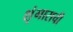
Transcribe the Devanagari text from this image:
शृंगाराची